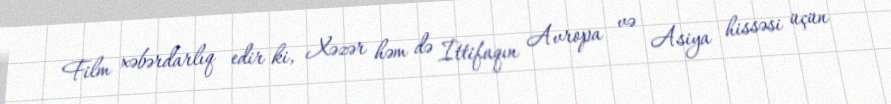
Film xəbərdarlıq edir ki, Xəzər həm də İttifaqın Avropa və Asiya hissəsi üçün